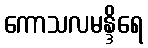
ကောသလမန္ဒိရေ